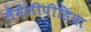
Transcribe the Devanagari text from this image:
लैमेलीपीडिया